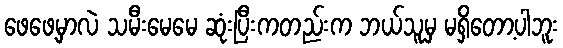
ဖေဖေ့မှာလဲ သမီးမေမေ ဆုံးပြီးကတည်းက ဘယ်သူမှ မရှိတော့ပါဘူး